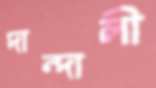
দান্দালী